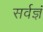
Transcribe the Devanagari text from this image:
सर्वज्ञं